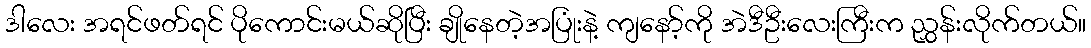
ဒါလေး အရင်ဖတ်ရင် ပိုကောင်းမယ်ဆိုပြီး ချိုနေတဲ့အပြုံးနဲ့ ကျနော့်ကို အဲဒီဦးလေးကြီးက ညွှန်းလိုက်တယ်။